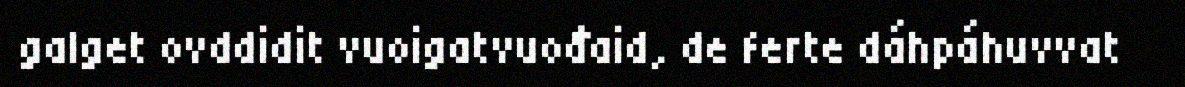
galget ovddidit vuoigatvuođaid, de ferte dáhpáhuvvat